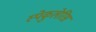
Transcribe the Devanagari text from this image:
स्पेकुलेरिस